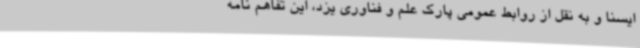
ایسنا و به نقل از روابط عمومی پارک علم و فناوری یزد، این تفاهم نامه